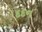
દદન